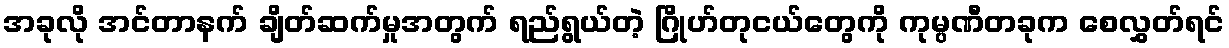
အခုလို အင်တာနက် ချိတ်ဆက်မှုအတွက် ရည်ရွယ်တဲ့ ဂြိုဟ်တုငယ်တွေကို ကုမ္ပဏီတခုက စေလွှတ်ရင်